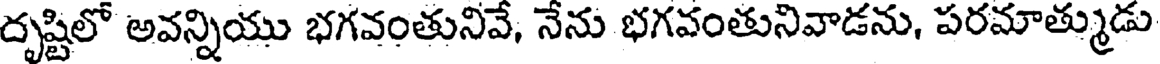
దృష్టిలో అవన్నియు భగవంతునివే, నేను భగవంతునివాడను, పరమాత్ముడు